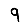
Digit: 9